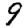
Digit: 9